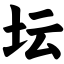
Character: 坛